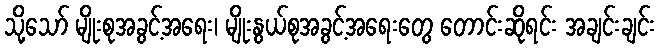
သို့သော် မျိုးစုအခွင့်အရေး၊ မျိုးနွယ်စုအခွင့်အရေးတွေ တောင်းဆိုရင်း အချင်းချင်း